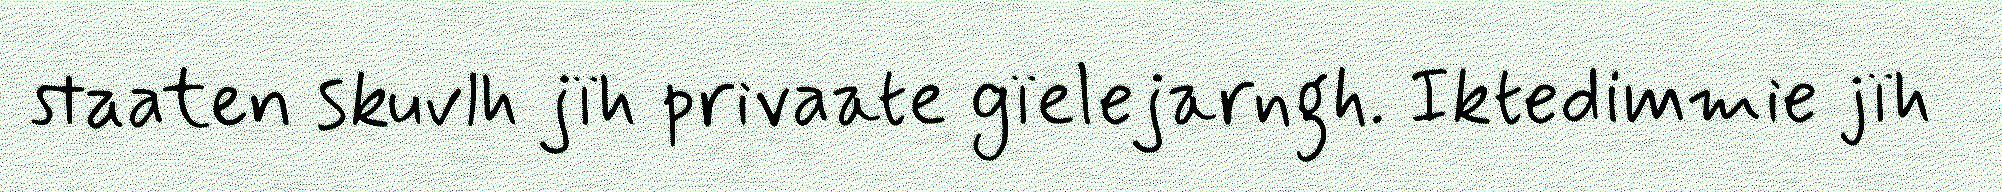
staaten skuvlh jïh privaate gïelejarngh. Iktedimmie jïh